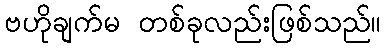
ဗဟိုချက်မ တစ်ခုလည်းဖြစ်သည်။